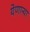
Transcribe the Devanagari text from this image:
येणाऱ्या